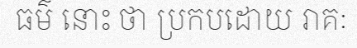
ធម៌ នោះ ថា ប្រកបដោយ រាគៈ